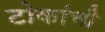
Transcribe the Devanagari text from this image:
टोकांची